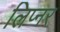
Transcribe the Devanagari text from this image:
लिप्नर